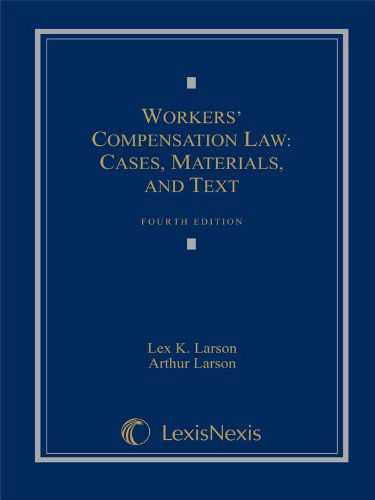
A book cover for Workers' Compensation Law: Cases, Materials, and Text; Lex K. Larson; Law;